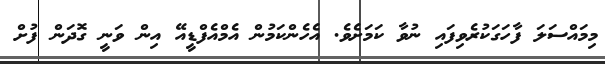
މިމައްސަލަ ފާހަގަކުރެވިފައި ނުވާ ކަމަށެވެ. އެހެންކަމުން އެމްއެފްޑީއޭ އިން ވަނީ ގޮދަން ފުށް